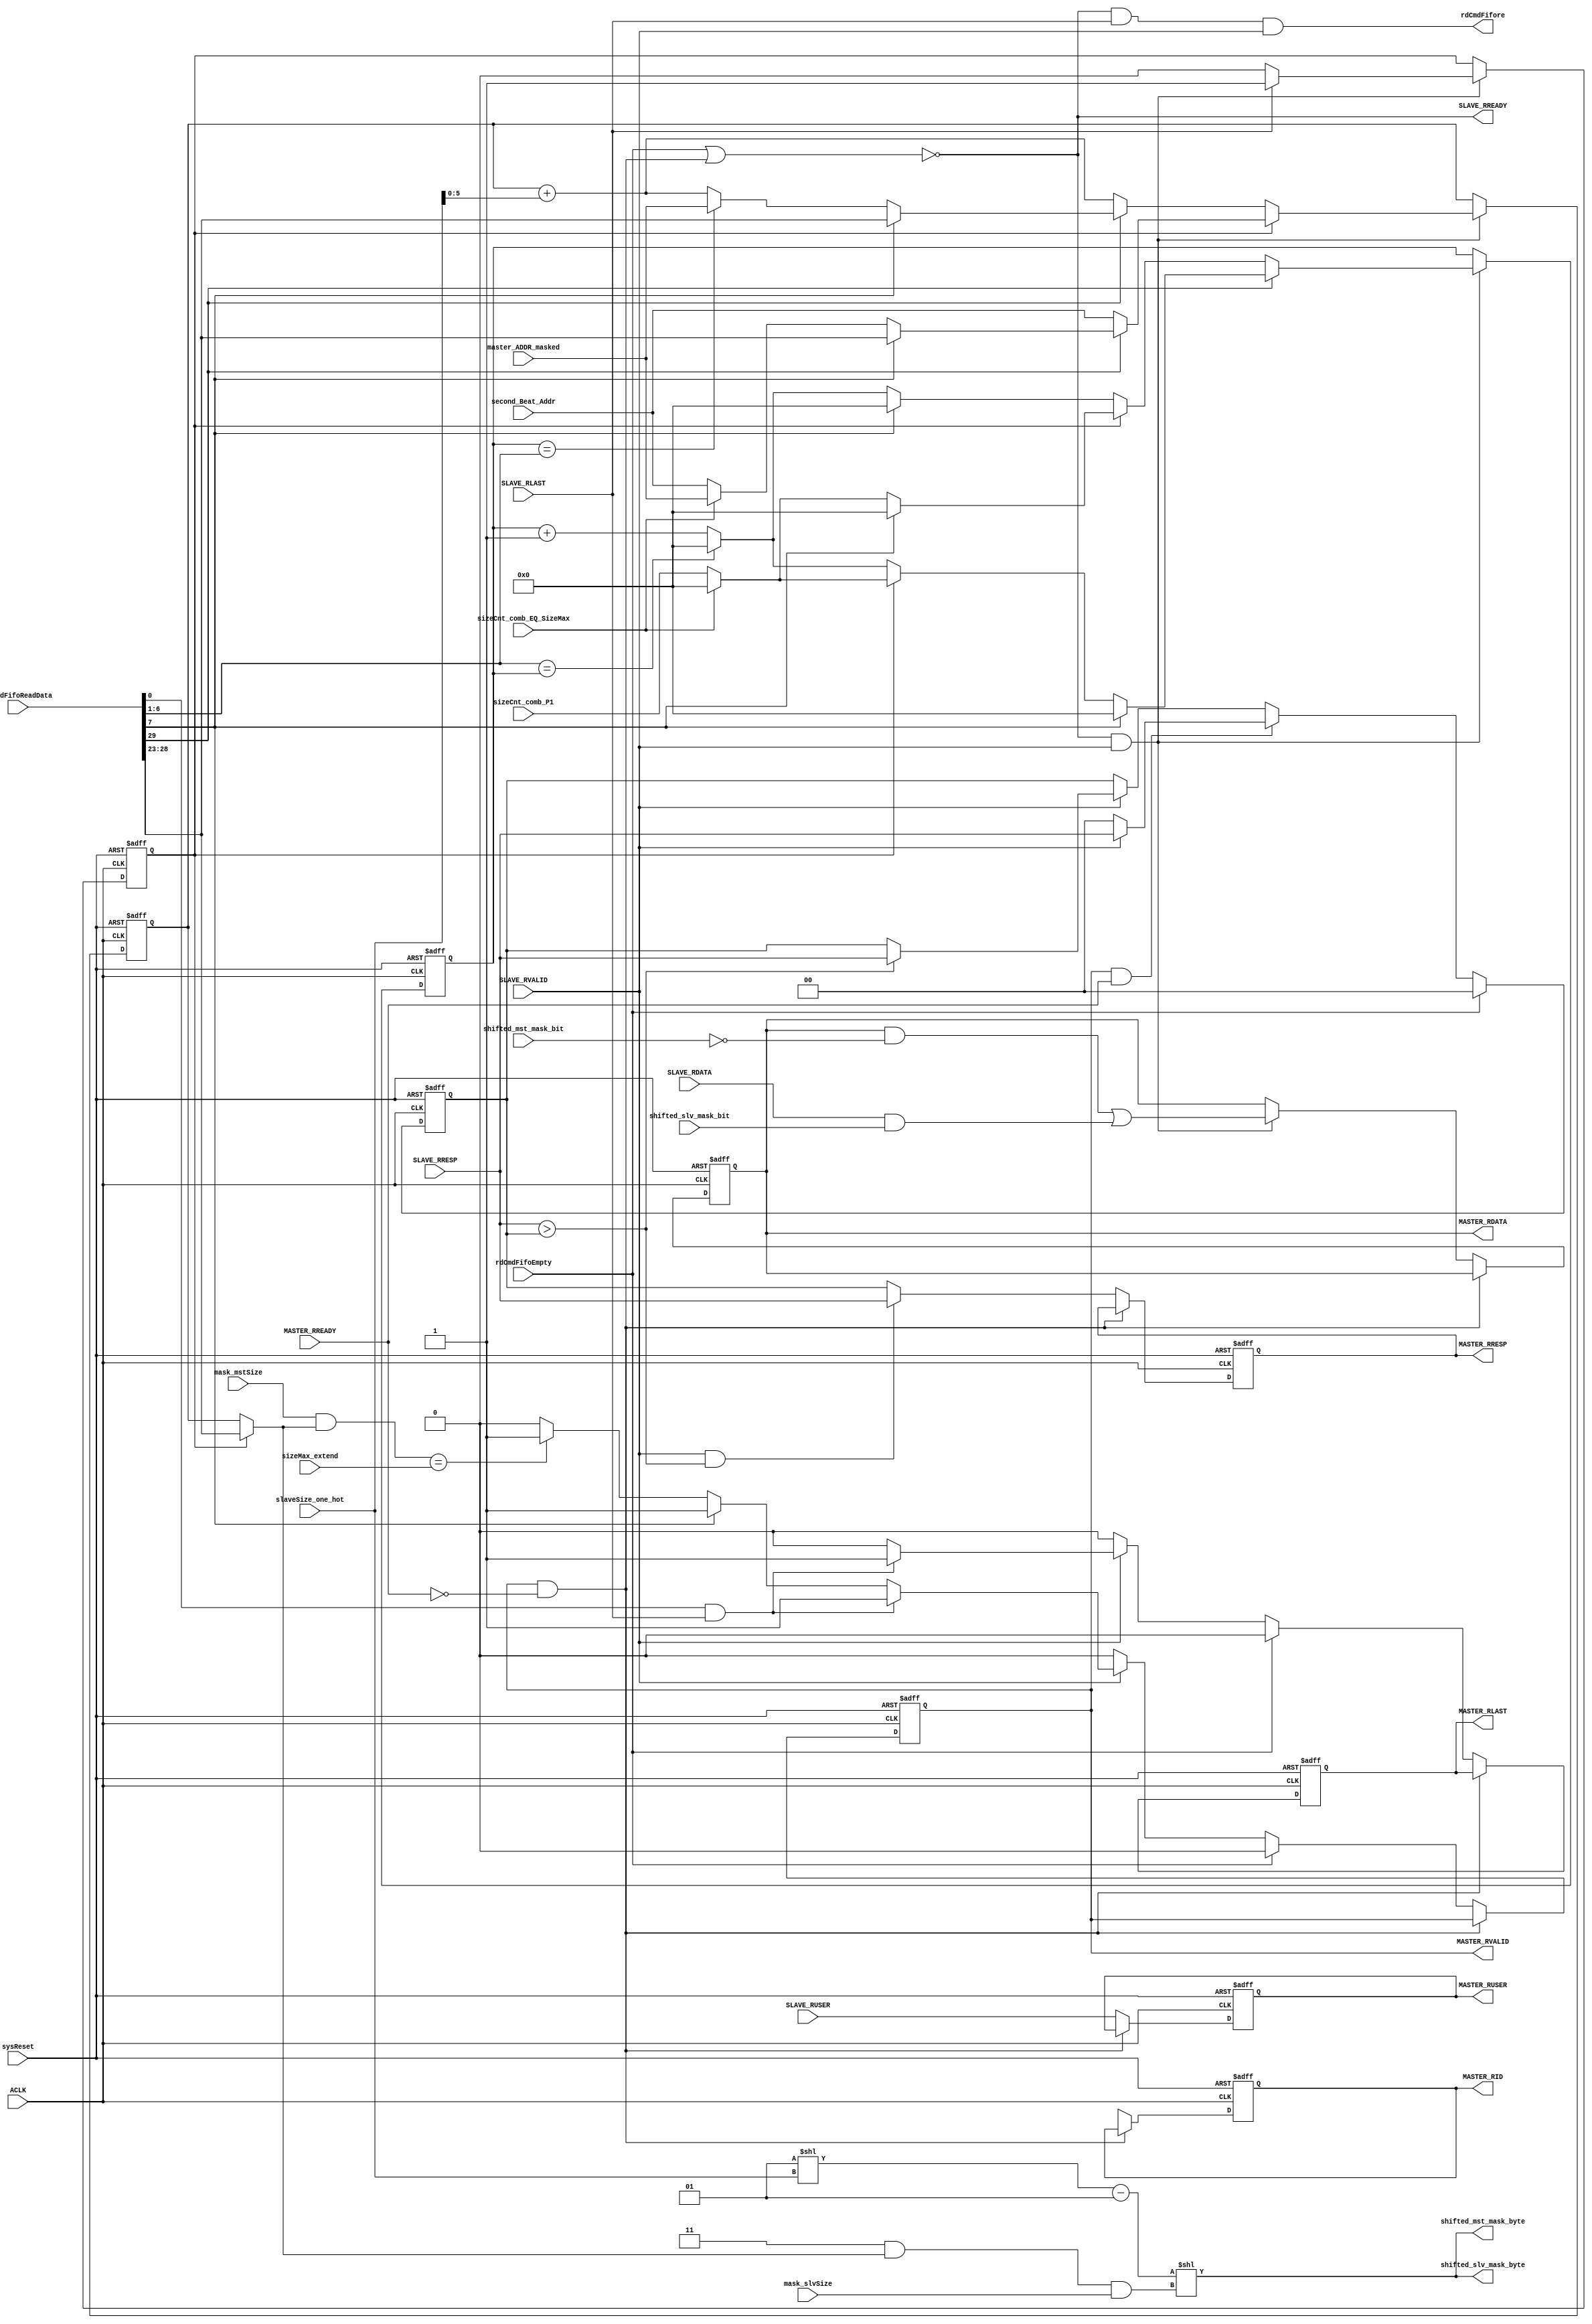
//--------------------------------------------------
//  
//      Verilog code generated by Visual Elite
//
//  Design Unit:
//  ------------
//      Unit    Name  :  DWC_DownConv_widthConvrd
//      Library Name  :  down_converter
//  
//      Version       :  2007.11 v4.0.1 build 11. Date: Dec  9 2007. License: 2007.12
//  
//  Options Used:
//  -------------
//      Target
//         Language   :  Verilog
//         Purpose    :  Synthesis
//         Vendor     :  Generic
//  
//      Style
//         Use tasks                      :  No
//         Code Destination               :  Combined file
//         Attach Directives              :  Yes
//         Structural                     :  No
//         Free text style                :  / / ...
//         Preserve spacing for free text :  Yes
//         Declaration alignment          :  Yes
//         Sort Ports by mode             :  Yes
//         New line for each Port         :  Yes
//         Attach comment to Port         :  Yes
//
//--------------------------------------------------
//--------------------------------------------------
// ********************************************************************/                                                                                          
// Microsemi Corporation Proprietary and Confidential                                                                                          
// Copyright 2016 Microsemi Corporation.  All rights reserved.                                                                                          
//                                                                                           
// ANY USE OR REDISTRIBUTION IN PART OR IN WHOLE MUST BE HANDLED IN                                                                                          
// ACCORDANCE WITH THE MICROSEMI LICENSE AGREEMENT AND MUST BE APPROVED                                                                                          
// IN ADVANCE IN WRITING.                                                                                          
//                                                                                           
// SVN Revision Information:                                                                                          
// SVN $Revision$                                                                                          
// SVN $Date$                                                                                          
//                                                                                           
// Resolved SARs                                                                                          
// SAR      Date     Who   Description                                                                                          
// Notes:                                                                                          
//                                                                                           
//                                                                                           
// *********************************************************************/                                                                                                                      
//--------------------------------------------------
 
 
module DWC_DownConv_widthConvrd (
                                 //  input ports
                                 sysReset,
                                 ACLK,
                                 MASTER_RREADY,
                                 SLAVE_RDATA,
                                 SLAVE_RLAST,
                                 SLAVE_RVALID,
                                 SLAVE_RRESP,
                                 SLAVE_RUSER,
                                 rdCmdFifoReadData,
                                 rdCmdFifoEmpty,
                                 mask_mstSize,
                                 mask_slvSize,
                                 sizeCnt_comb_EQ_SizeMax,
                                 master_ADDR_masked,
                                 second_Beat_Addr,
                                 sizeCnt_comb_P1,
                                 slaveSize_one_hot,
                                 sizeMax_extend,
                                 shifted_slv_mask_bit,
                                 shifted_mst_mask_bit,
 
                                 //  output ports
                                 MASTER_RID,
                                 MASTER_RDATA,
                                 MASTER_RLAST,
                                 MASTER_RVALID,
                                 MASTER_RUSER,
                                 MASTER_RRESP,
                                 SLAVE_RREADY,
                                 rdCmdFifore,
                                 shifted_slv_mask_byte,
                                 shifted_mst_mask_byte
                                 );
 
   parameter        CMD_FIFO_DATA_WIDTH       = 30;
   parameter        USER_WIDTH                = 1;
   parameter        ID_WIDTH                  = 1;
   parameter        DATA_WIDTH_IN             = 32;
   parameter        DATA_WIDTH_OUT            = 32;
//  input ports
   input            sysReset;
   wire             sysReset;
   input            ACLK;
   wire             ACLK;
   input            MASTER_RREADY;
   wire             MASTER_RREADY;
   input     [DATA_WIDTH_IN - 1:0] SLAVE_RDATA;
   wire      [DATA_WIDTH_IN - 1:0] SLAVE_RDATA;
   input            SLAVE_RLAST;
   wire             SLAVE_RLAST;
   input            SLAVE_RVALID;
   wire             SLAVE_RVALID;
   input     [1:0]  SLAVE_RRESP;
   wire      [1:0]  SLAVE_RRESP;
   input     [USER_WIDTH - 1:0] SLAVE_RUSER;
   wire      [USER_WIDTH - 1:0] SLAVE_RUSER;
   input     [CMD_FIFO_DATA_WIDTH - 1:0] rdCmdFifoReadData;
   wire      [CMD_FIFO_DATA_WIDTH - 1:0] rdCmdFifoReadData;
   input            rdCmdFifoEmpty;
   wire             rdCmdFifoEmpty;
   input     [5:0]  mask_mstSize;
   wire      [5:0]  mask_mstSize;
   input     [5:0]  mask_slvSize;
   wire      [5:0]  mask_slvSize;
   input            sizeCnt_comb_EQ_SizeMax;
   wire             sizeCnt_comb_EQ_SizeMax;
   input     [5:0]  master_ADDR_masked;
   wire      [5:0]  master_ADDR_masked;
   input     [5:0]  second_Beat_Addr;
   wire      [5:0]  second_Beat_Addr;
   input     [5:0]  sizeCnt_comb_P1;
   wire      [5:0]  sizeCnt_comb_P1;
   input     [6:0]  slaveSize_one_hot;
   wire      [6:0]  slaveSize_one_hot;
   input     [5:0]  sizeMax_extend;
   wire      [5:0]  sizeMax_extend;
   input     [DATA_WIDTH_IN - 1:0] shifted_slv_mask_bit;
   wire      [DATA_WIDTH_IN - 1:0] shifted_slv_mask_bit;
   input     [DATA_WIDTH_OUT - 1:0] shifted_mst_mask_bit;
   wire      [DATA_WIDTH_OUT - 1:0] shifted_mst_mask_bit;
//  output ports
   output    [ID_WIDTH - 1:0] MASTER_RID;
   reg       [ID_WIDTH - 1:0] MASTER_RID;
   output    [DATA_WIDTH_OUT - 1:0] MASTER_RDATA;
   reg       [DATA_WIDTH_OUT - 1:0] MASTER_RDATA;
   output           MASTER_RLAST;
   reg              MASTER_RLAST;
   output           MASTER_RVALID;
   reg              MASTER_RVALID;
   output    [USER_WIDTH - 1:0] MASTER_RUSER;
   reg       [USER_WIDTH - 1:0] MASTER_RUSER;
   output    [1:0]  MASTER_RRESP;
   reg       [1:0]  MASTER_RRESP;
   output           SLAVE_RREADY;
   wire             SLAVE_RREADY;
   output           rdCmdFifore;
   wire             rdCmdFifore;
   output    [(DATA_WIDTH_IN / 8) - 1:0] shifted_slv_mask_byte;
   wire      [(DATA_WIDTH_IN / 8) - 1:0] shifted_slv_mask_byte;
   output    [(DATA_WIDTH_OUT / 8) - 1:0] shifted_mst_mask_byte;
   wire      [(DATA_WIDTH_OUT / 8) - 1:0] shifted_mst_mask_byte;
//  local signals
   wire      [5:0]  int_masterADDR;
   wire             SameMstSlvSize;
   wire             lastTx;
   wire             master_accept;
   reg       [8:0]  cnt;
   reg       [5:0]  current_addr;
   reg       [5:0]  current_addr_reg;
   wire             slave_valid_data;
   wire      [5:0]  dataLoc;
   wire      [5:0]  dataLocMst;
   wire      [5:0]  dataLocSlv;
   wire      [DATA_WIDTH_OUT - 1:0] MASTER_RDATA_next;
   wire      [DATA_WIDTH_OUT - 1:0] MASTER_RDATA_masked;
   wire      [DATA_WIDTH_IN - 1:0] SLAVE_RDATA_masked;
   wire      [5:0]  addr_mux;
   wire      [ID_WIDTH - 1:0] int_masterRID;
   wire             fixed_flag;
   reg       [5:0]  sizeCnt;
   reg       [5:0]  sizeCnt_reg;
   reg              cnt_EQ_zero;
   wire      [5:0]  SizeMax;
   wire      [(DATA_WIDTH_IN / 8) - 1:0] unshifted_mask;     //  TC: this mask is based on a one-hot size (not encoded size)
   wire      [$clog2 (DATA_WIDTH_OUT / 8) - $clog2 (DATA_WIDTH_IN / 8) - 1:0] target_mst_data_part;
   wire      [$clog2 (DATA_WIDTH_IN) + $clog2 (DATA_WIDTH_OUT / 8) - $clog2 (DATA_WIDTH_IN / 8) - 1:0] slv_masked_rdata_shift;
   wire             master_hold_keep;
   wire      [1:0]  MASTER_RRESP_next;
   reg       [1:0]  SLAVE_RRESP_MAX;
   wire             higher_slave_rresp;
   wire             last_slave_beat;
 
 
   always
      @( posedge ACLK or posedge sysReset )
   begin   :widthConvRead_ctrl
 
      if (sysReset)
      begin
         MASTER_RVALID <= 0;
         MASTER_RLAST <= 0;
         MASTER_RDATA <= 0;
         MASTER_RUSER <= 0;
         MASTER_RID <= 0;
         MASTER_RRESP <= 0;
      end
      else
      begin
         if (master_hold_keep)
         begin
         end
         else
         begin
            MASTER_RDATA <= MASTER_RDATA_next;
            MASTER_RUSER <= SLAVE_RUSER;
            MASTER_RID <= int_masterRID;
            MASTER_RRESP <= MASTER_RRESP_next;
 
            // Setting defaults
            // VALID and LAST defaulted to 0, and asserted as required.
            MASTER_RVALID <= 0;
            MASTER_RLAST <= 0;
            if (rdCmdFifoEmpty)
            begin
            end
            else
            begin
               if (SLAVE_RVALID)
               begin
                  if (last_slave_beat)
                  begin
                     MASTER_RVALID <= 1;
                     MASTER_RLAST <= 1;
                  end
                  else
                  begin
                     if (SameMstSlvSize)
                     begin
                        MASTER_RVALID <= 1;
                     end
                     else
                     begin
                        if (dataLoc == sizeMax_extend)
                        begin
                           MASTER_RVALID <= 1;
                        end
                     end
                  end
               end
            end
         end
      end
   end
 
 
 
   always  @(slave_valid_data or cnt_EQ_zero or fixed_flag or SameMstSlvSize or int_masterADDR or sizeCnt_comb_EQ_SizeMax or master_ADDR_masked or second_Beat_Addr or sizeCnt_reg or SizeMax or
             current_addr_reg or slaveSize_one_hot)
   begin   :addr_ctrl
 
      if (slave_valid_data)
      begin
         if (cnt_EQ_zero)
         begin
            if (fixed_flag)
            begin
               if (SameMstSlvSize)
               begin
                  current_addr <= int_masterADDR;
               end
               else
               begin
                  if (sizeCnt_comb_EQ_SizeMax)
                  begin
                     current_addr <= master_ADDR_masked;
                  end
                  else
                  begin
                     current_addr <= second_Beat_Addr;
                  end
               end
            end
            else
            begin
               current_addr <= second_Beat_Addr;
            end
         end
         else
         begin
            if (fixed_flag)
            begin
               if (SameMstSlvSize)
               begin
                  current_addr <= int_masterADDR;
               end
               else
               begin
                  if (sizeCnt_reg == SizeMax)
                  begin
                     current_addr <= master_ADDR_masked;
                  end
                  else
                  begin
                     current_addr <= current_addr_reg + (slaveSize_one_hot);
                  end
               end
            end
            else
            begin
               current_addr <= current_addr_reg + (slaveSize_one_hot);
            end
         end
      end
      else
      begin
         current_addr <= current_addr_reg;
      end
   end
 
 
 
   always  @(slave_valid_data or fixed_flag or SameMstSlvSize or cnt_EQ_zero or sizeCnt_comb_EQ_SizeMax or sizeCnt_comb_P1 or SizeMax or sizeCnt_reg)
   begin   :sieCntCtrl
 
      if (slave_valid_data)
      begin
         if (fixed_flag)
         begin
            if (SameMstSlvSize)
            begin
               sizeCnt <= 'b0;
            end
            else
            begin
               if (cnt_EQ_zero)
               begin
                  if (SameMstSlvSize)
                  begin
                     sizeCnt <= 'b0;
                  end
                  else
                  begin
                     if (sizeCnt_comb_EQ_SizeMax)
                     begin
                        sizeCnt <= 'b0;
                     end
                     else
                     begin
                        sizeCnt <= sizeCnt_comb_P1;
                     end
                  end
               end
               else
               begin
                  if (SameMstSlvSize)
                  begin
                     sizeCnt <= 'b0;
                  end
                  else
                  begin
                     if (SizeMax == sizeCnt_reg)
                     begin
                        sizeCnt <= 'b0;
                     end
                     else
                     begin
                        sizeCnt <= sizeCnt_reg + 1;
                     end
                  end
               end
            end
         end
         else
         begin
            if (cnt_EQ_zero)
            begin
               if (SameMstSlvSize)
               begin
                  sizeCnt <= 'b0;
               end
               else
               begin
                  if (sizeCnt_comb_EQ_SizeMax)
                  begin
                     sizeCnt <= 'b0;
                  end
                  else
                  begin
                     sizeCnt <= sizeCnt_comb_P1;
                  end
               end
            end
            else
            begin
               if (SameMstSlvSize)
               begin
                  sizeCnt <= 'b0;
               end
               else
               begin
                  if (SizeMax == sizeCnt_reg)
                  begin
                     sizeCnt <= 'b0;
                  end
                  else
                  begin
                     sizeCnt <= sizeCnt_reg + 1;
                  end
               end
            end
         end
      end
      else
      begin
         sizeCnt <= sizeCnt_reg;
      end
   end
 
 
 
   always
      @( posedge ACLK or posedge sysReset )
   begin   :addrCtrl_reg
 
      if (sysReset)
      begin
         current_addr_reg <= 0;
         sizeCnt_reg <= 0;
      end
      else
      begin
         current_addr_reg <= current_addr;
         sizeCnt_reg <= sizeCnt;
      end
   end
 
 
 
   always
      @( posedge ACLK or posedge sysReset )
   begin   :cnt_ctrl
 
      if (sysReset)
      begin
         cnt <= 0;
         cnt_EQ_zero <= 1;
      end
      else
      begin
         if (slave_valid_data)
         begin
            if (SLAVE_RLAST)
            begin
               cnt <= 0;
               cnt_EQ_zero <= 1;
            end
            else
            begin
               cnt <= cnt + 1;
               cnt_EQ_zero <= 0;
            end
         end
      end
   end
 
 
 
   always
      @( posedge ACLK or posedge sysReset )
   begin   :rresp_ctrl
 
      if (sysReset)
      begin
         SLAVE_RRESP_MAX <= 2'b00;
      end
      else
      begin
         if (rdCmdFifoEmpty)
         begin
            SLAVE_RRESP_MAX <= 2'b00;
         end
         else
         begin
            if (master_accept)
            begin
               if (SLAVE_RVALID)
               begin
                  SLAVE_RRESP_MAX <= SLAVE_RRESP;
               end
               else
               begin
                  SLAVE_RRESP_MAX <= 2'b00;
               end
            end
            else
            begin
               if (SLAVE_RVALID)
               begin
                  if (SLAVE_RRESP > SLAVE_RRESP_MAX)
                  begin
                     SLAVE_RRESP_MAX <= SLAVE_RRESP;
                  end
               end
            end
         end
      end
   end
 
   // Split up wrCmdFifoRdData
   assign int_masterRID = rdCmdFifoReadData[30+ID_WIDTH-1:30];
   assign fixed_flag = rdCmdFifoReadData[29];
   assign int_masterADDR = rdCmdFifoReadData[28:23];
   assign SameMstSlvSize = rdCmdFifoReadData[7];
   assign SizeMax = rdCmdFifoReadData[6:1]; // not used used for compering to dataLoc
   assign lastTx = rdCmdFifoReadData[0];
 
   assign rdCmdFifore = SLAVE_RREADY & SLAVE_RLAST & SLAVE_RVALID;
 
   assign addr_mux = ((cnt_EQ_zero) ? int_masterADDR : current_addr_reg);
 
   // Location of data on Master bus
   assign dataLocMst = ((DATA_WIDTH_OUT/8) - 1) & addr_mux & mask_slvSize;
 
   assign dataLoc = ( mask_mstSize & addr_mux );
 
   // Location of data on Slave bus
   assign dataLocSlv = ((DATA_WIDTH_IN/8) - 1) & addr_mux & mask_slvSize;
 
   assign master_accept = MASTER_RVALID & MASTER_RREADY;
   assign slave_valid_data = SLAVE_RREADY & SLAVE_RVALID;
 
   assign unshifted_mask = (1 << slaveSize_one_hot) - 1;
 
   assign shifted_mst_mask_byte = unshifted_mask << dataLocMst;
   assign shifted_slv_mask_byte = unshifted_mask << dataLocSlv;
 
   assign SLAVE_RDATA_masked = SLAVE_RDATA & shifted_slv_mask_bit;
   assign MASTER_RDATA_masked = MASTER_RDATA & ~shifted_mst_mask_bit;
 
   assign target_mst_data_part = dataLocMst >> $clog2(DATA_WIDTH_IN/8);
   assign slv_masked_rdata_shift = target_mst_data_part << $clog2(DATA_WIDTH_IN);
 
   assign MASTER_RDATA_next = slave_valid_data ? (MASTER_RDATA_masked | (SLAVE_RDATA_masked << slv_masked_rdata_shift)) : MASTER_RDATA;
 
 
 
   assign higher_slave_rresp = SLAVE_RVALID & (SLAVE_RRESP > SLAVE_RRESP_MAX);
   assign MASTER_RRESP_next = higher_slave_rresp ? SLAVE_RRESP : SLAVE_RRESP_MAX;
   // TC: highest response could just arrive so use combinatorial logic
 
   assign last_slave_beat = lastTx & SLAVE_RLAST;
   assign master_hold_keep = MASTER_RVALID & !MASTER_RREADY; // Hold and keep master values until this is cleared
   assign SLAVE_RREADY = !(rdCmdFifoEmpty | master_hold_keep );
 
 
 
 
 
 
endmodule